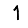
Digit: 1